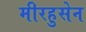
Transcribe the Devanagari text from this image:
मीरहुसेन